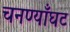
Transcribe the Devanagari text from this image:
चनण्याँघट